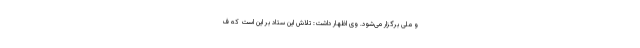
و ملی برگزار می‌شود. وی اظهار داشت: تلاش این ستاد بر این است که ف